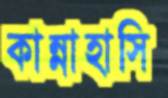
কান্নাহাসি